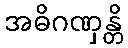
အဓိဂဏှန္တိ